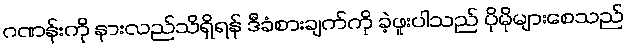
ဂဏန်းကို နားလည်သိရှိရန် ဒီခံစားချက်ကို ခဲ့ဖူးပါသည် ပိုမိုများစေသည်